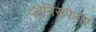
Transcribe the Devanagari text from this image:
प्लैनिसफेयर